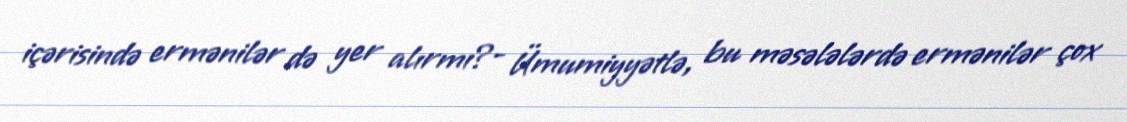
içərisində ermənilər də yer alırmı?- Ümumiyyətlə, bu məsələlərdə ermənilər çox